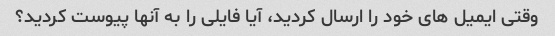
وقتی ایمیل های خود را ارسال کردید، آیا فایلی را به آنها پیوست کردید؟